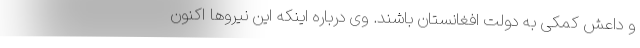
و داعش کمکی به دولت افغانستان باشند. وی درباره اینکه این نیروها اکنون